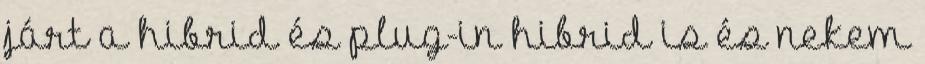
járt a hibrid és plug-in hibrid is és nekem